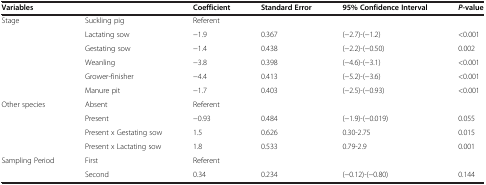
| <COLSPAN=2> Variables | Coefficient | Standard Error | 95% Confidence Interval | P-value |
 | --- | --- | --- | --- | --- | --- |
 | Stage | Suckling pig | <COLSPAN=4> Referent |
 |  | Lactating sow | −1.9 | 0.367 | (−2.7)-(−1.2) | <0.001 |
 |  | Gestating sow | −1.4 | 0.438 | (−2.2)-(−0.50) | 0.002 |
 |  | Weanling | −3.8 | 0.398 | (−4.6)-(−3.1) | <0.001 |
 |  | Grower-finisher | −4.4 | 0.413 | (−5.2)-(−3.6) | <0.001 |
 |  | Manure pit | −1.7 | 0.403 | (−2.5)-(−0.93) | <0.001 |
 | Other species | Absent | <COLSPAN=4> Referent |
 |  | Present | −0.93 | 0.484 | (−1.9)-(−0.019) | 0.055 |
 |  | Present x Gestating sow | 1.5 | 0.626 | 0.30-2.75 | 0.015 |
 |  | Present x Lactating sow | 1.8 | 0.533 | 0.79-2.9 | 0.001 |
 | Sampling Period | First | <COLSPAN=4> Referent |
 |  | Second | 0.34 | 0.234 | (−0.12)-(−0.80) | 0.144 |